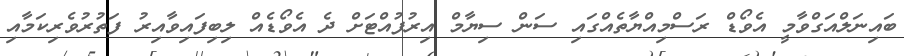
ބައިނަލްއަގްވާމީ އެވޯޑް ރަސްމިއްޔާތެއްގައި ސަން ސިޔާމް އިރުފުއްޓަށް ދެ އެވޯޑެއް ލިބިފައިވާއިރު ފަތުރުވެރިކަމާއި